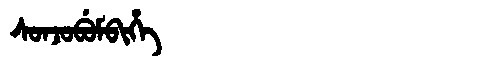
Manchu: ᠰᠣᠨᠵᠣᠪᡠᠮᠪᡳᡥᡝ
Romanization: SONJOBUMBIHE